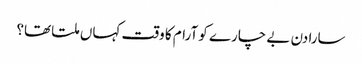
سارا دن بے چارے کو آرام کا وقت کہاں ملتا تھا؟